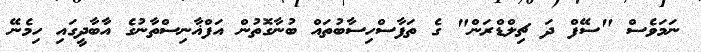
ނަމަވެސް "ސޭފް ދަ ޗިލްޑްރަން" ގެ ތަފާސްހިސާބުތައް ބުނާގޮތުން އަފްޣާނިސްތާނުގެ އާބާދީގައި ހިމެނޭ